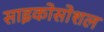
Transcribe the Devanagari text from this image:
साइकोसोशल